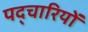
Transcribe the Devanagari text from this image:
पद्चारियों